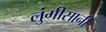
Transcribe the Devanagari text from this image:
लुंगीसानी